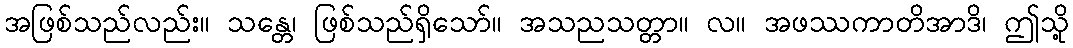
အဖြစ်သည်လည်း။ သန္တေ၊ ဖြစ်သည်ရှိသော်။ အသညသတ္တာ။ လ။ အဖဿကာတိအာဒိ၊ ဤသို့